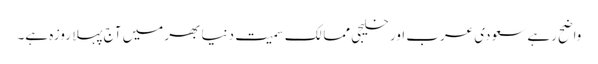
واضح رہے سعودی عرب اور خلیجی ممالک سمیت دنیا بھر میں آج پہلا روزہ ہے۔